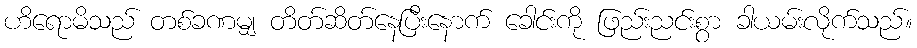
ဟိရောမိသည် တစ်ခဏမျှ တိတ်ဆိတ်နေပြီးနောက် ခေါင်းကို ဖြည်းညင်းစွာ ခါယမ်းလိုက်သည်။